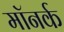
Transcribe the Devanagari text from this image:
मॉनर्क